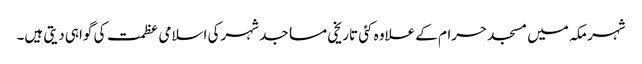
شہر مکہ میں مسجد حرام کے علاوہ کئی تاریخی مساجد شہرکی اسلامی عظمت کی گواہی دیتی ہیں۔